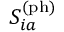
S _ { i a } ^ { \mathrm { ( p h ) } }